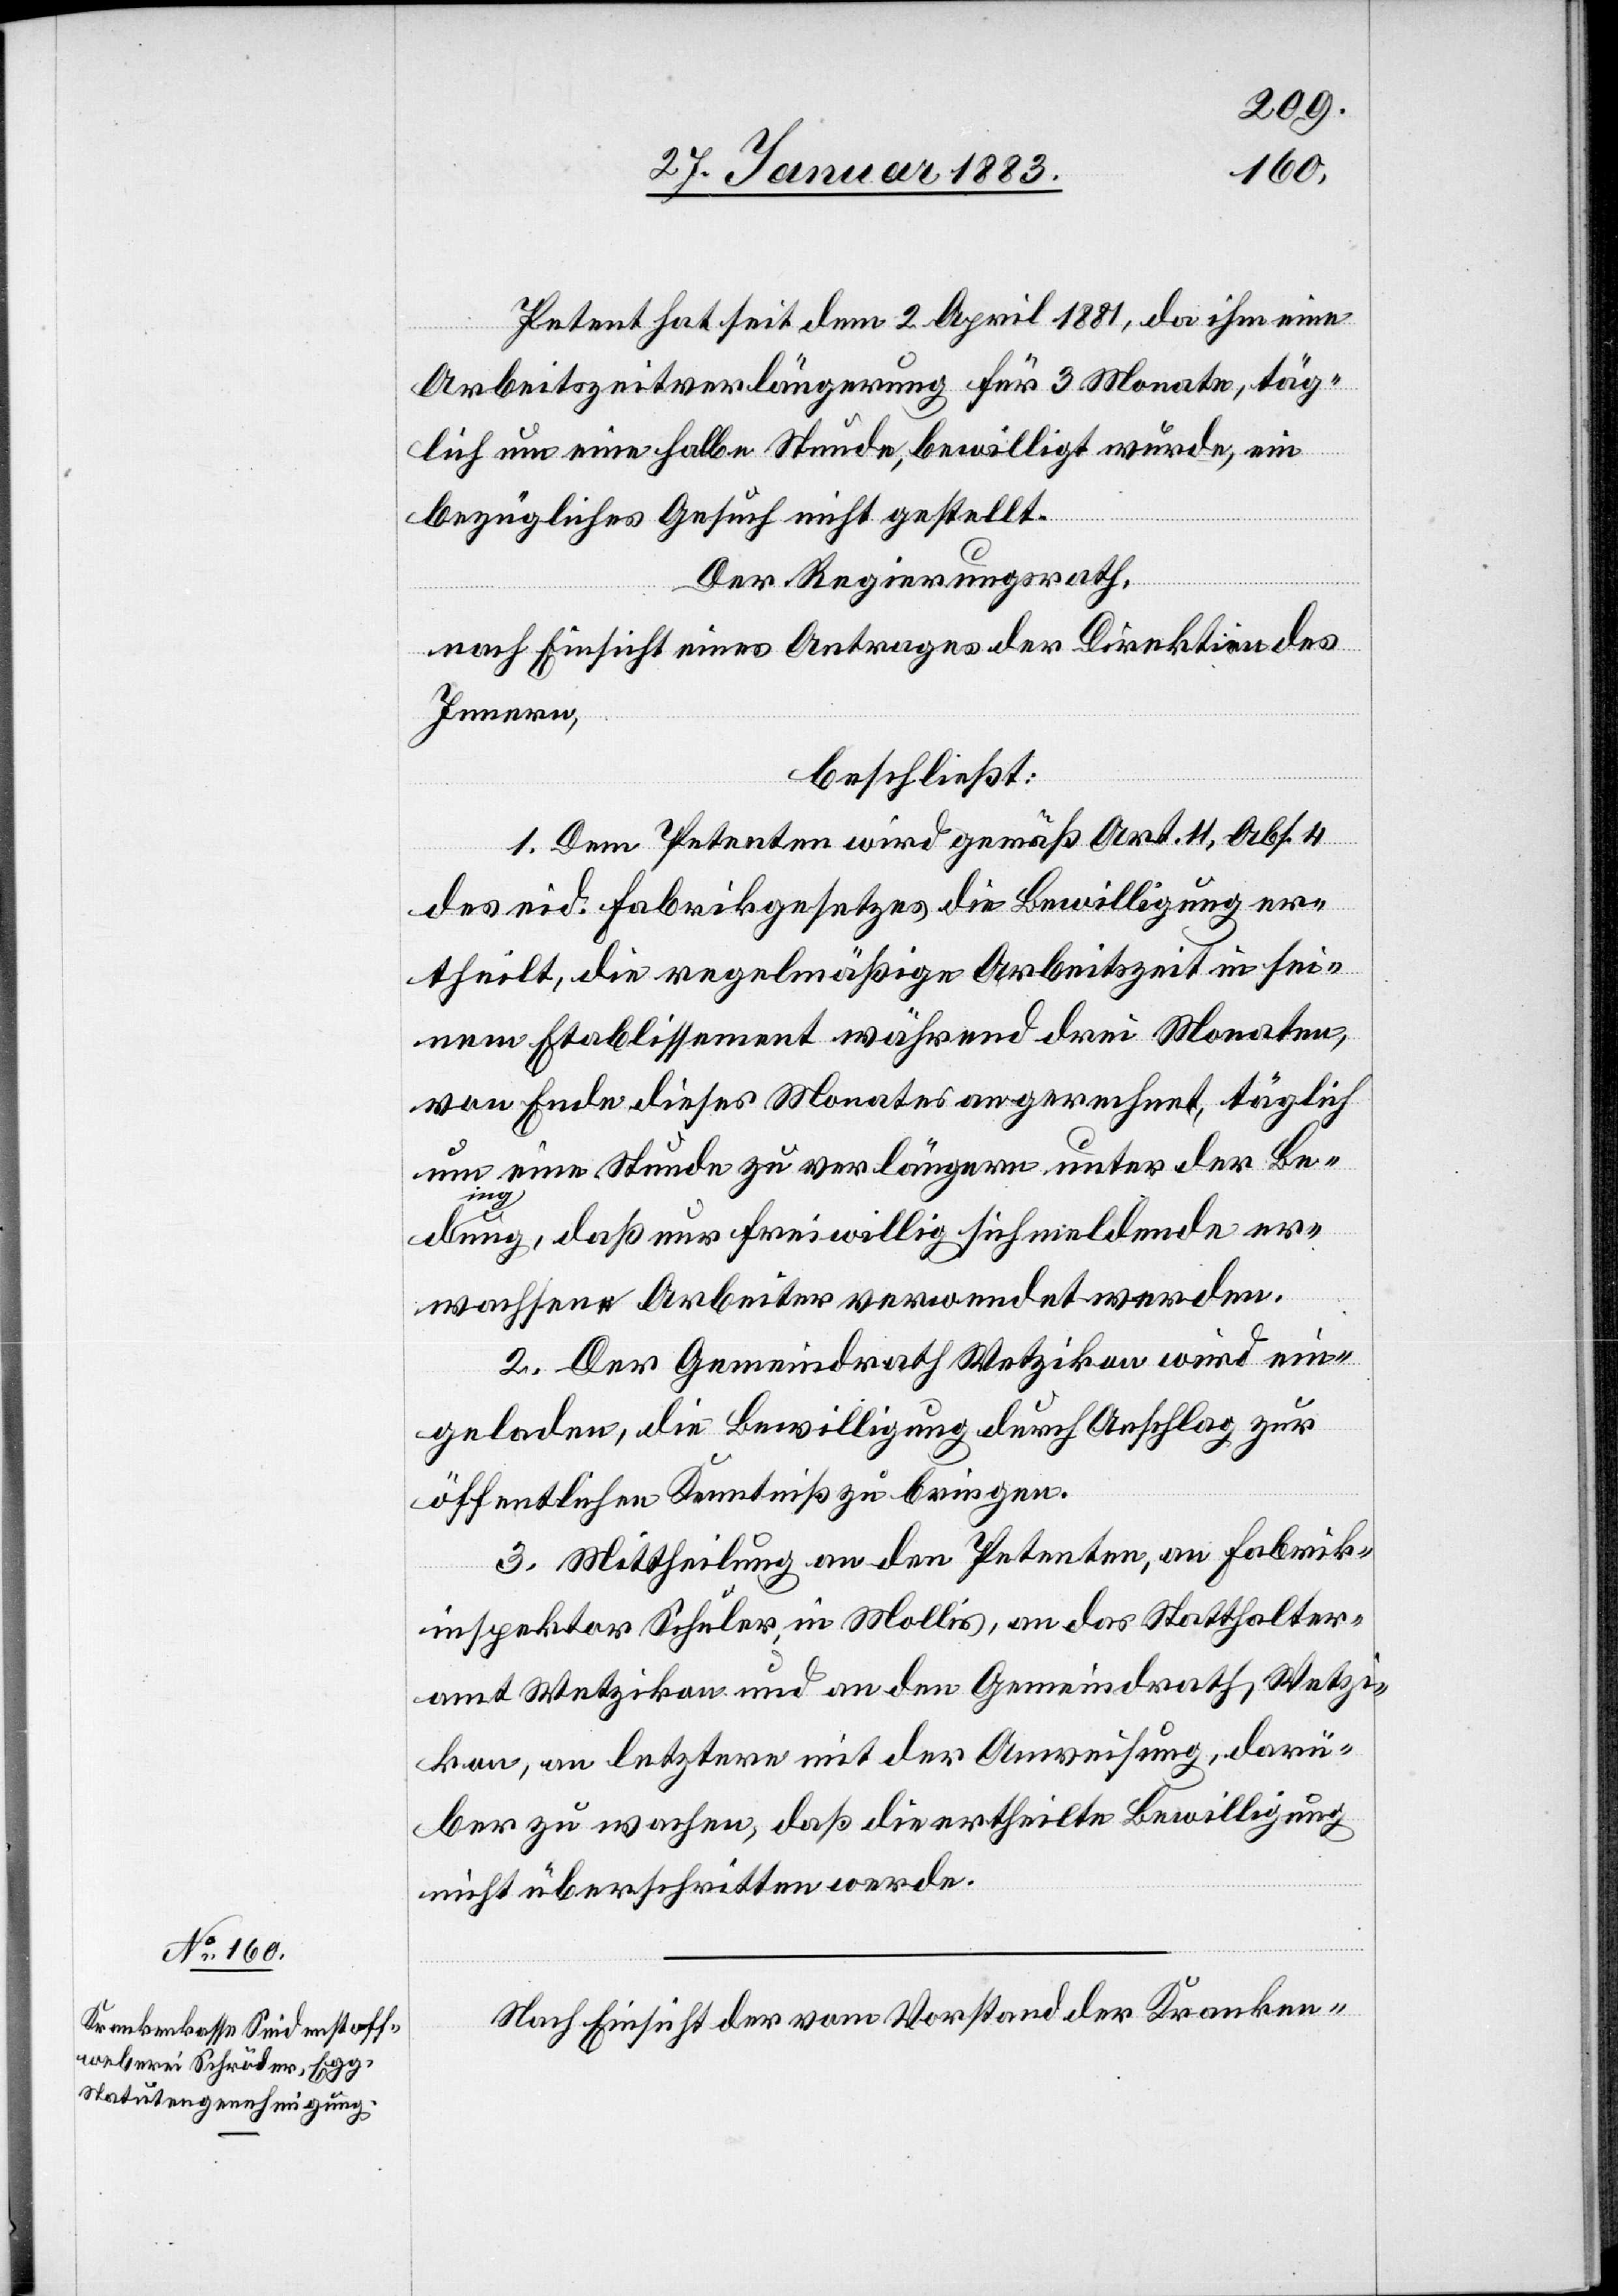
Petent hat seit dem 2. April 1881, da ihm eine
Arbeitszeitverlängerung für 3 Monate, täg¬
lich um eine halbe Stunde, bewilligt wurde, ein
bezügliches Gesuch nicht gestellt.
Der Regierungsrath,
nach Einsicht eines Antrages der Direktion des
Innern,
beschließt:
1. Dem Petenten wird gemäß Art. 11, Abs. 4
des eid. Fabrikgesetzes die Bewilligung er¬
theilt, die regelmäßige Arbeitszeit in sei¬
nem Etablissement während drei Monaten,
vom Ende dieses Monates an gerechnet, täglich
um eine Stunde zu verlängern unter der Be¬
ding¬
ung, daß nur freiwillig sich meldende er¬
wachsene Arbeiter verwendet werden.
2. Der Gemeindrath Wetzikon wird ein¬
geladen, die Bewilligung durch Anschlag zur
öffentlichen Kenntniß zu bringen.
3. Mittheilung an den Petenten, an Fabrik¬
inspektor Schuler, in Mollis, an das Statthalter¬
amt Wetzikon [sic!] & an den Gemeindrath Wetzi¬
kon, an letztern mit der Anweisung darü¬
ber zu wachen, daß die ertheilte Bewilligung
nicht überschritten werde.
Nach Einsicht der vom Vorstand der Kranken-